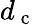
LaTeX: d_{\mathrm{~c~}}